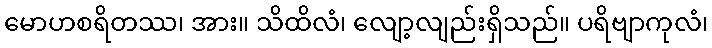
မောဟစရိတဿ၊ အား။ သိထိလံ၊ လျော့လျည်းရှိသည်။ ပရိဗျာကုလံ၊